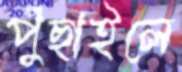
পুঁছাইলে